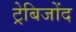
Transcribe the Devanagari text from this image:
ट्रेबिजोंद